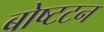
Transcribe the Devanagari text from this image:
बोष्टटन